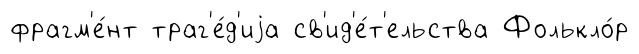
фрагм'е́нт траг'е́д'иjа св'ид'е́т'ельства Фолькло́р